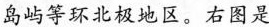
岛屿等环北极地区。右图是